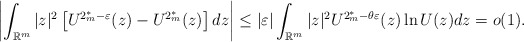
\begin{align*}\left|\int_{\mathbb{R}^{m}}|z|^{2}\left[U^{2_{m}^{*}-\varepsilon}(z)-U^{2_{m}^{*}}(z)\right]dz\right|\le|\varepsilon|\int_{\mathbb{R}^{m}}|z|^{2}U^{2_{m}^{*}-\theta\varepsilon}(z)\ln U(z)dz=o(1).\end{align*}